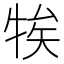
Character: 㸻